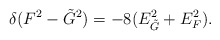
\begin{align*}\delta(F^2 - \tilde{G}^2) = -8 (E_{\tilde{G}}^2 + E_F^2).\end{align*}